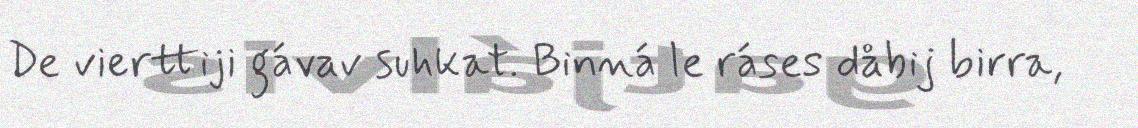
De vierttiji gávav suhkat. Binná le ráses dåbij birra,